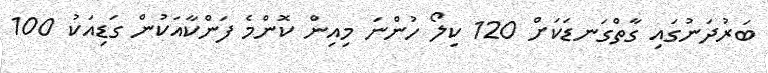
ބަރުދަނުގައި ގާތްގަނޑަކަށް 120 ކިލޯ ހުންނަ މިއިން ކޮންމެ ފަންކާއަކުން ގަޑިއަކު 100